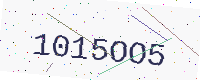
Text: 1015OO5